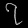
Digit: ၇